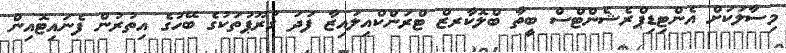
މިސާލަކަށް އެންޓިޑިޕްރެޝެންޓްސް ބީތާ ބްލޮކާރޒް ޓްރަންކްއިލައިޒާ ފަދަ ގުރޫޕުތަކުގެ ބޭހުގެ އިތުރުން ފެނައިޓޮއިން